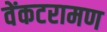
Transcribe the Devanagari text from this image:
वेंकटरामण